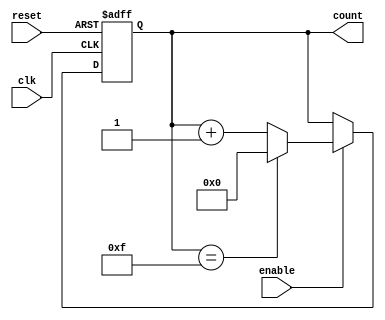
module async_counter (
    input wire clk,        // Clock signal
    input wire reset,      // Asynchronous reset signal
    input wire enable,     // Enable signal for counting
    output reg [3:0] count // 4-bit counter output
);

// Define the maximum count value (15 for a 4-bit counter)
parameter MAX_COUNT = 4'b1111;

always @(posedge clk or posedge reset) begin
    if (reset) begin
        count <= 4'b0000; // Reset the counter to 0
    end else if (enable) begin
        if (count == MAX_COUNT) begin
            count <= 4'b0000; // Wrap around to 0
        end else begin
            count <= count + 1; // Increment the counter
        end
    end
end

endmodule